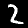
Digit: 2